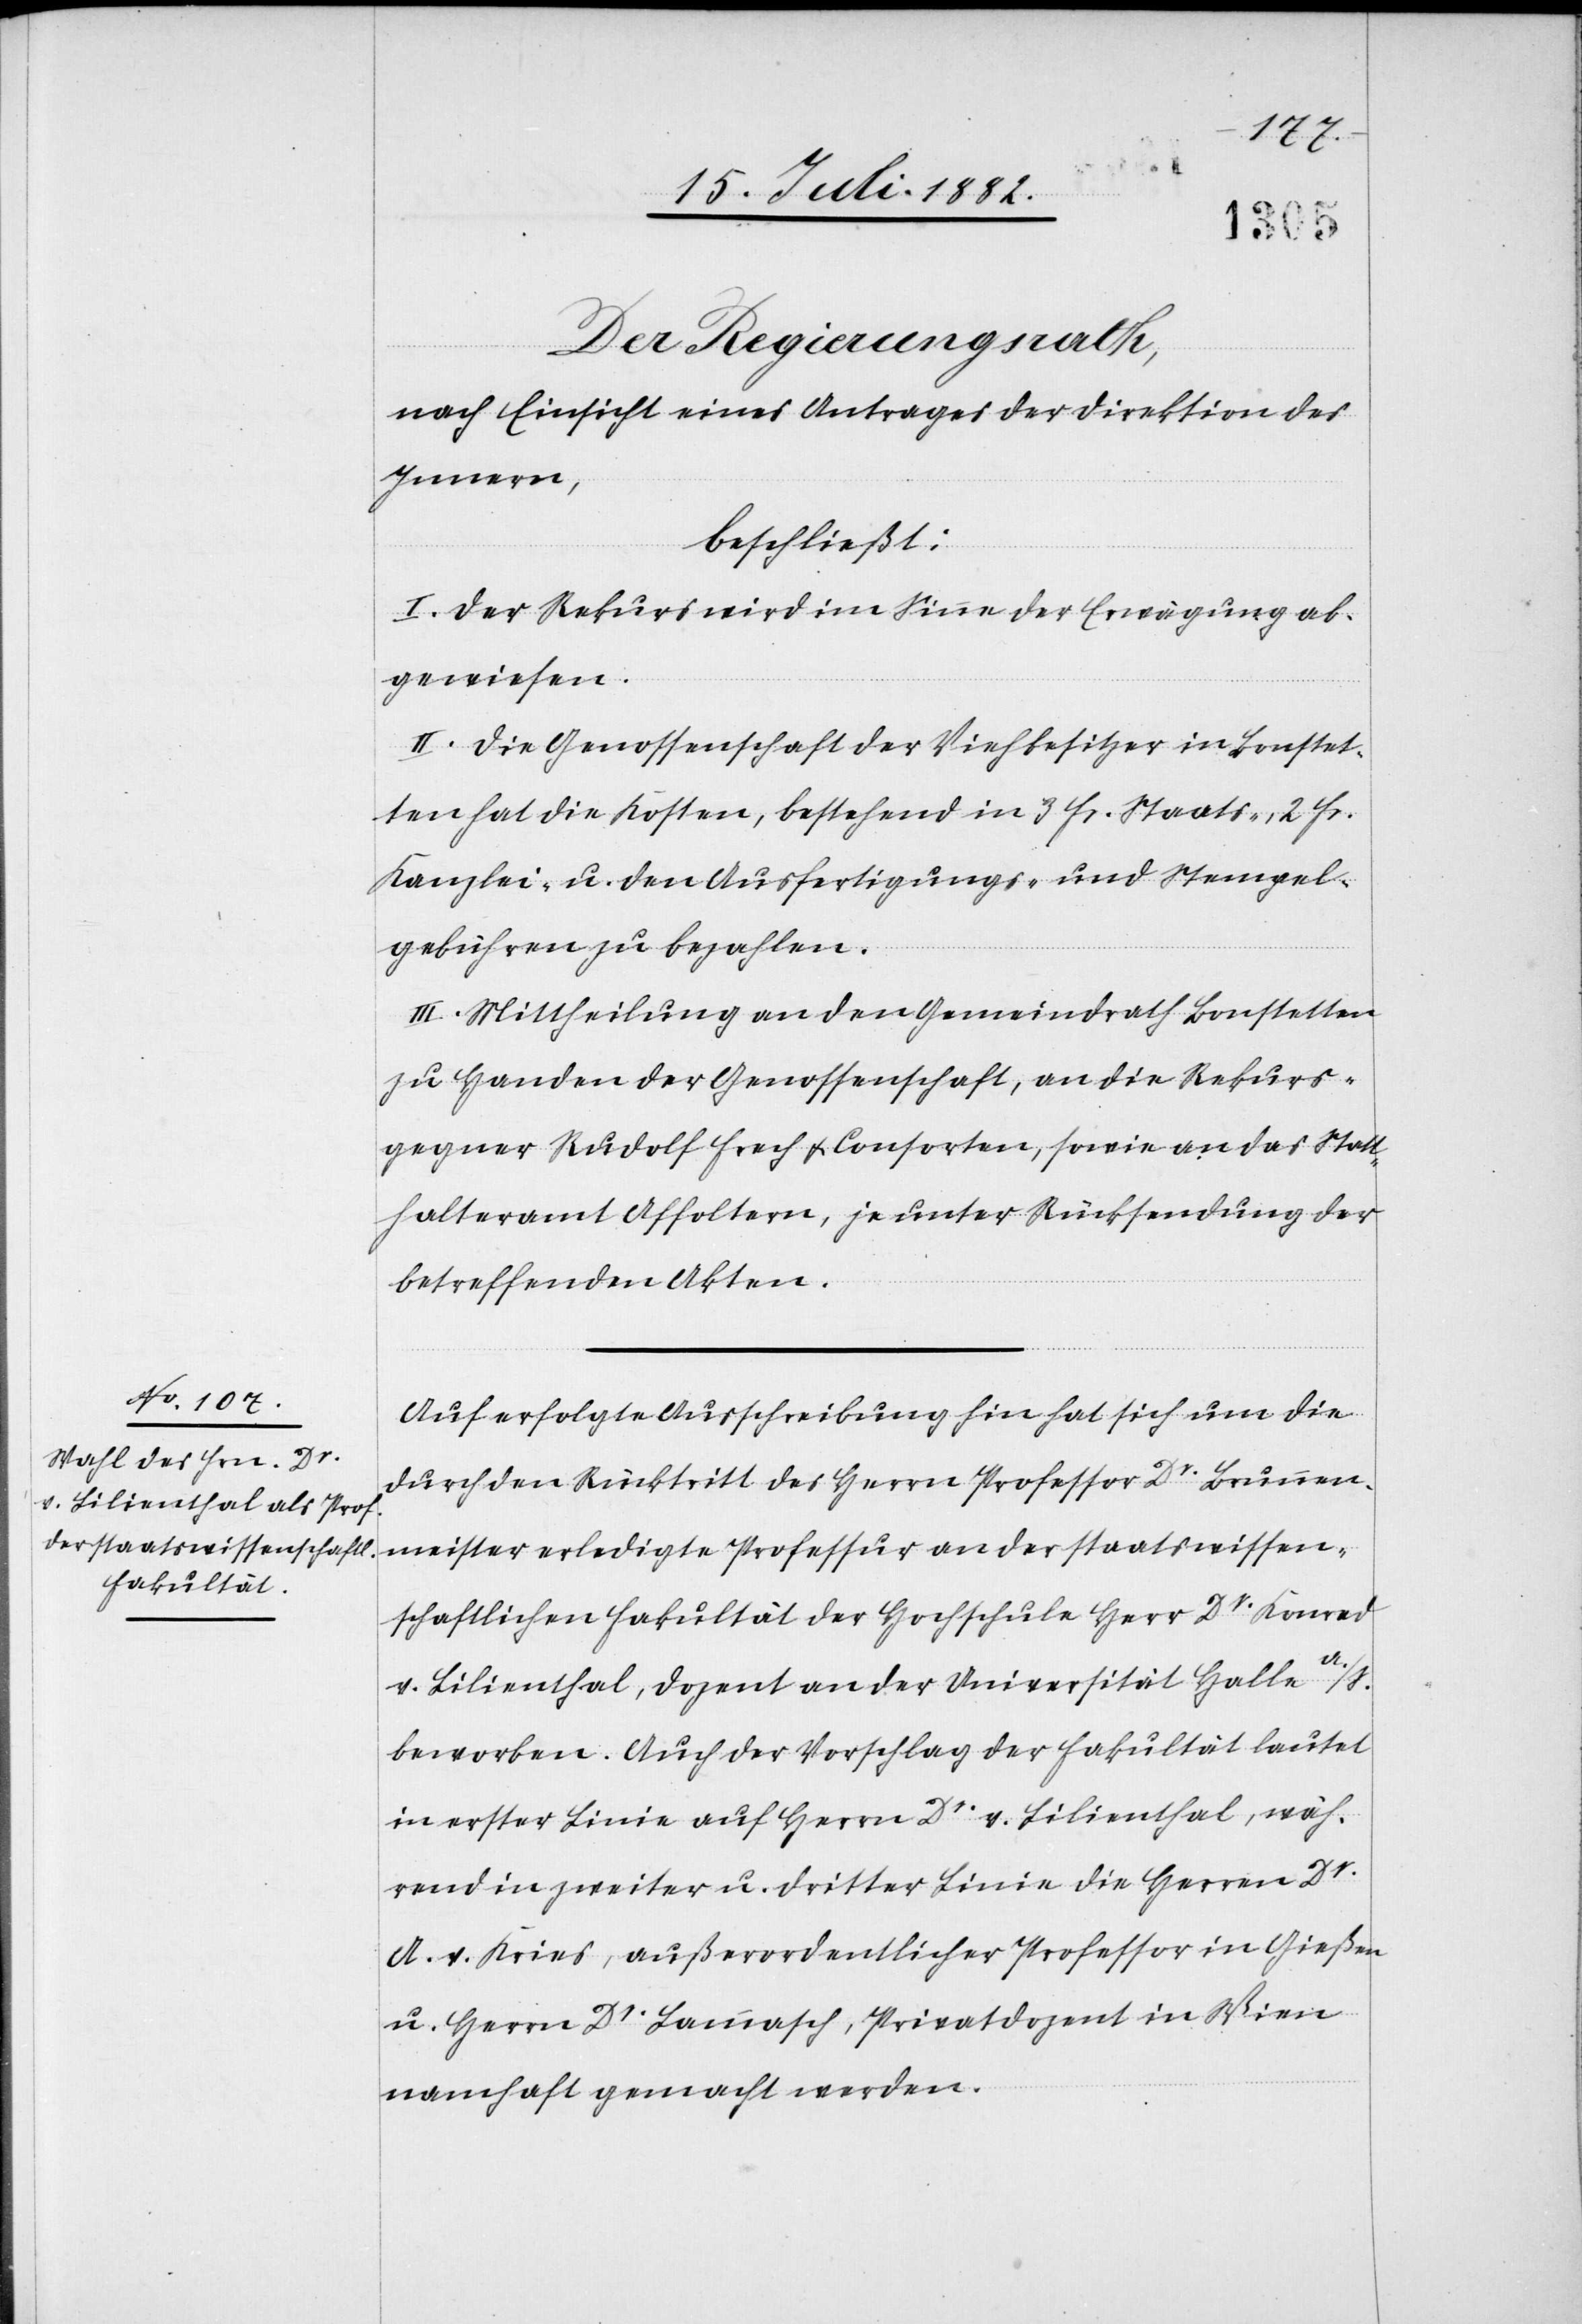
Der Regierungsrath,
nach Einsicht eines Antrages der Direktion des
Innern,
beschließt:
I. Der Rekurs wird im Sinne der Erwägung ab¬
gewiesen.
II. Die Genossenschaft der Viehbesitzer in Bonstet¬
ten hat die Kosten, bestehend in 3 Fr. Staats-, 2 Fr.
Kanzlei- u. den Ausfertigungs- und Stempel¬
gebühren zu bezahlen.
III. Mittheilung an den Gemeindrath Bonstetten
zu Handen der Genossenschaft, an die Rekurs¬
gegner Rudolf Frech & Consorten, sowie an das Statt¬
halteramt Affoltern, je unter Rücksendung der
betreffenden Akten.
Auf erfolgte Ausschreibung hin hat sich um die
durch den Rücktritt des Herrn Professor Dr Brunnen¬
meister erledigte Professur an der staatswissen¬
schaftlichen Fakultät der Hochschule Herr Dr Konrad
v. Lilienthal, Dozent an der Universität Halle a./S.
beworben. Auch der Vorschlag der Fakultät lautet
in erster Linie auf Herrn Dr v. Lilienthal, wäh¬
rend in zweiter u. dritter Linie die Herren Dr
A. v. Kries, außerordentlicher Professor in Gießen
u. Herrn Dr Lammasch, Privatdozent in Wien
namhaft gemacht werden.